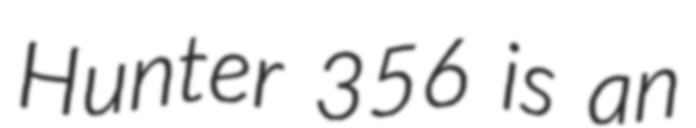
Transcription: Hunter 356 is an